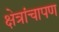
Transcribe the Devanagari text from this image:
क्षेत्रांचापण